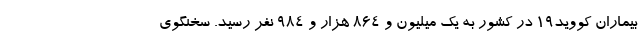
بیماران کووید۱۹ در کشور به یک میلیون و ۸۶۴ هزار و ۹۸۴ نفر رسید. سخنگوی